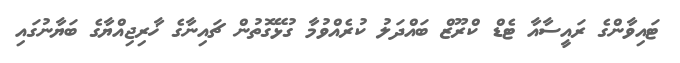
ޓައިވާންގެ ރައީސާއާ ޓެޑް ކްރޫޒް ބައްދަލު ކުރެއްވުމާ ގުޅޭގޮތުން ޗައިނާގެ ޚާރިޖިއްޔާގެ ބަޔާނުގައި